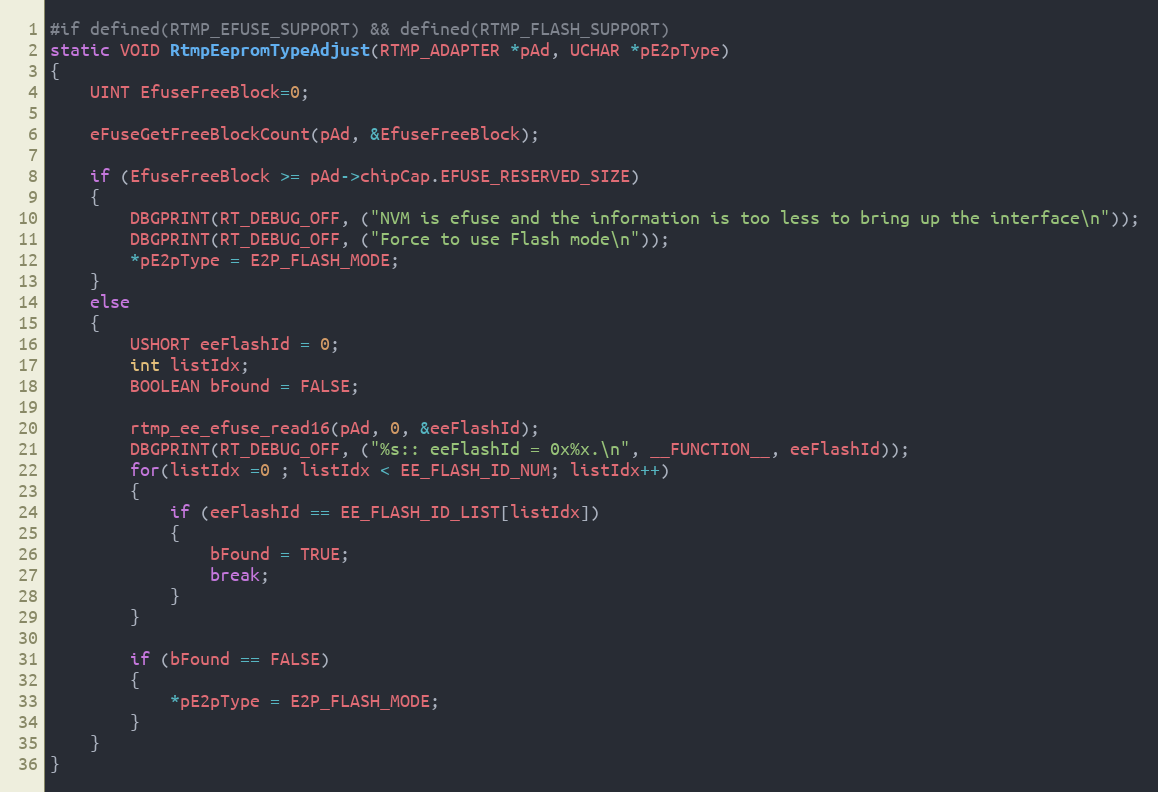
Language: C
#if defined(RTMP_EFUSE_SUPPORT) && defined(RTMP_FLASH_SUPPORT)
static VOID RtmpEepromTypeAdjust(RTMP_ADAPTER *pAd, UCHAR *pE2pType)
{
	UINT EfuseFreeBlock=0;

	eFuseGetFreeBlockCount(pAd, &EfuseFreeBlock);

	if (EfuseFreeBlock >= pAd->chipCap.EFUSE_RESERVED_SIZE)
	{
		DBGPRINT(RT_DEBUG_OFF, ("NVM is efuse and the information is too less to bring up the interface\n"));
		DBGPRINT(RT_DEBUG_OFF, ("Force to use Flash mode\n"));
		*pE2pType = E2P_FLASH_MODE;
	}
	else
	{
		USHORT eeFlashId = 0;
		int listIdx;
		BOOLEAN bFound = FALSE;

		rtmp_ee_efuse_read16(pAd, 0, &eeFlashId);
		DBGPRINT(RT_DEBUG_OFF, ("%s:: eeFlashId = 0x%x.\n", __FUNCTION__, eeFlashId));
		for(listIdx =0 ; listIdx < EE_FLASH_ID_NUM; listIdx++)
		{
			if (eeFlashId == EE_FLASH_ID_LIST[listIdx])
			{
				bFound = TRUE;
				break;
			}
		}

		if (bFound == FALSE)
		{
			*pE2pType = E2P_FLASH_MODE;
		}
	}
}